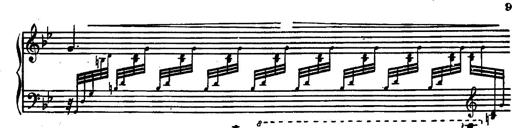
Title: Magyar rapszÃ³diÃ¡k
Composer: Franz Liszt